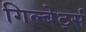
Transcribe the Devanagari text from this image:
गिल्बेर्ट्स